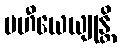
ပဟီယေယျုန္တိ